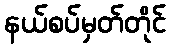
နယ်စပ်မှတ်တိုင်